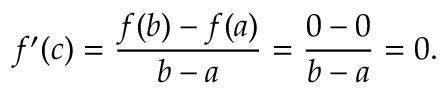
f ^ { \prime } ( c ) = \frac { f ( b ) - f ( a ) } { b - a } = \frac { 0 - 0 } { b - a } = 0 .